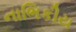
નાભિકીય